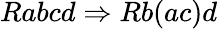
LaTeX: Rabcd\Rightarrow Rb(ac)d